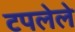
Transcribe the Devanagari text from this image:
टपलेले